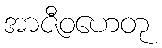
အာဇီဝဟေတု